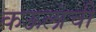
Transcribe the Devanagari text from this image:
कऊलांची